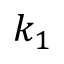
k _ { 1 }